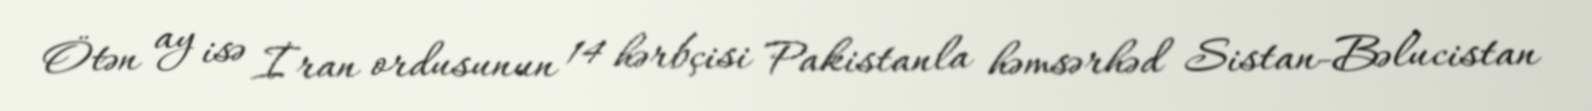
Ötən ay isə İran ordusunun 14 hərbçisi Pakistanla həmsərhəd Sistan-Bəlucistan